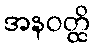
အနဝတ္ထိ